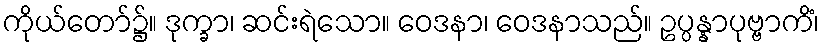
ကိုယ်တော်၌။ ဒုက္ခာ၊ ဆင်းရဲသော။ ဝေဒနာ၊ ဝေဒနာသည်။ ဥပ္ပန္နာပုဗ္ဗာကိံ၊